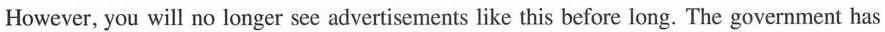
However, you will no longer see advertisements like this before long. The government has